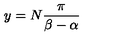
{ y = N { \frac { \pi } { \beta - \alpha } } }